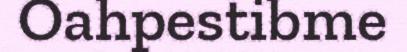
Oahpestibme